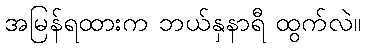
အမြန်ရထားက ဘယ်နှနာရီ ထွက်လဲ။